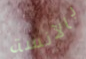
بالآنسة